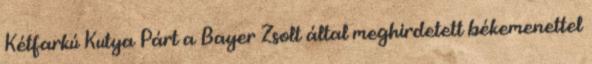
Kétfarkú Kutya Párt a Bayer Zsolt által meghirdetett békemenettel